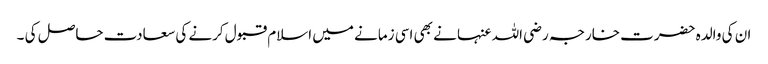
ان کی والدہ حضرت خارجہ رضی اللہ عنہا نے بھی اسی زمانے میں اسلام قبول کرنے کی سعادت حاصل کی ۔